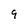
Character: 9